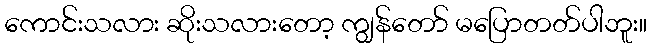
ကောင်းသလား ဆိုးသလားတော့ ကျွန်တော် မပြောတတ်ပါဘူး။